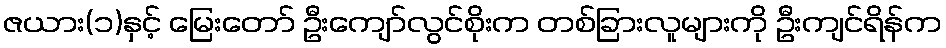
ဇယား(၁)နှင့် မြေးတော် ဦးကျော်လွင်စိုးက တစ်ခြားလူများကို ဦးကျင်ရိန်က